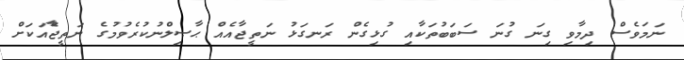
ނަމަވެސް ދިމާވި ގިނަ ގުނަ ސަބަބުތަކާއި ގުޅިގެން ރަނގަޅު ނަތީޖާއެއް ޙާޞިލްނުކުރެވުމުގެ ނަތީޖާެއަކަށް